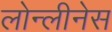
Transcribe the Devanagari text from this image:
लोन्लीनेस